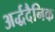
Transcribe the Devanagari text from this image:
अर्द्धदैनिक